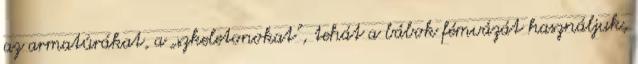
az armatúrákat, a „szkeletonokat”, tehát a bábok fémvázát használjuk,